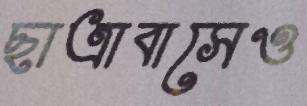
ছাত্রাবাসেও